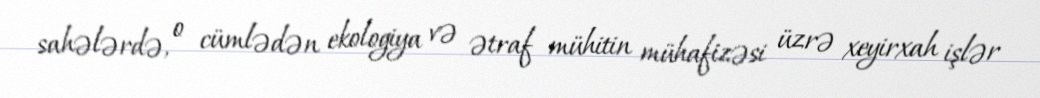
sahələrdə, o cümlədən ekologiya və ətraf mühitin mühafizəsi üzrə xeyirxah işlər